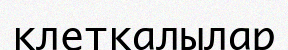
клеткалылар